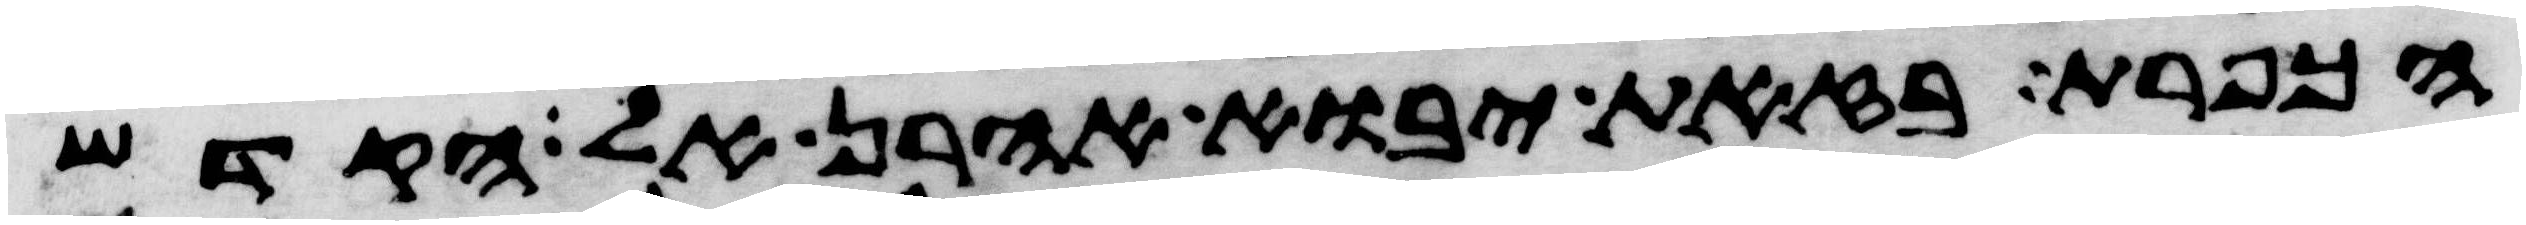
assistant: הכפרת בזאת יבוא אהרן אל הקדש